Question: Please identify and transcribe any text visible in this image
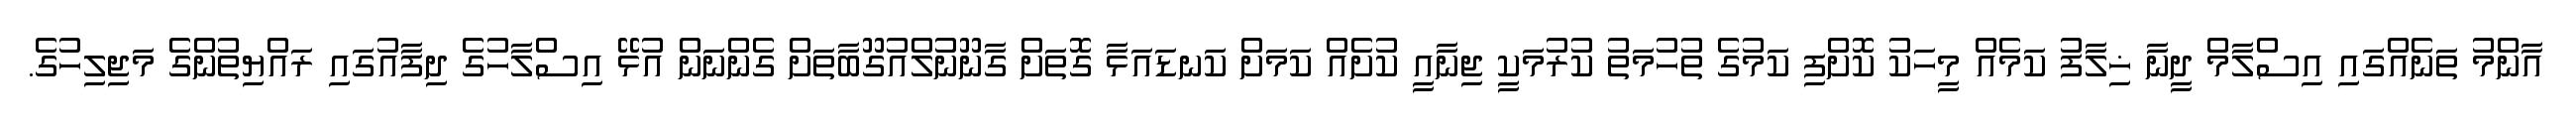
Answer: އާންމު ތަނެއްގައި އިސްލާމް ދީނާ ޚިލާފު ކަމެއް މީހަކު ކޮށްފި ކަމުގެ ތުހުމަތު ކުރުމަކީ ޖިނާއީ ކުށެއް ކަމަށް ކަނޑައަޅާ ގޮތަށް ގާނޫނުލްއުގޫބާތަށް ގެންނަން އުޅޭ އިސްލާހުގެ ދިފާއުގައި ރައްޔިތުންގެ މަޖިލިހުގެ.